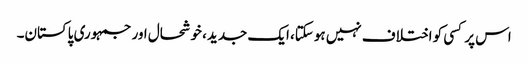
اس پر کسی کو اختلاف نہیں ہوسکتا، ایک جدید، خوشحال اور جمہوری پاکستان۔